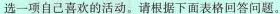
选一项自己喜欢的活动。请根据下面表格回答问题。